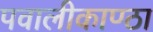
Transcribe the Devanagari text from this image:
पवालीकाण्ठा